Report of the Indian Hemp Drugs Commission, 1894-1895 - Volume IV
Year: 1894
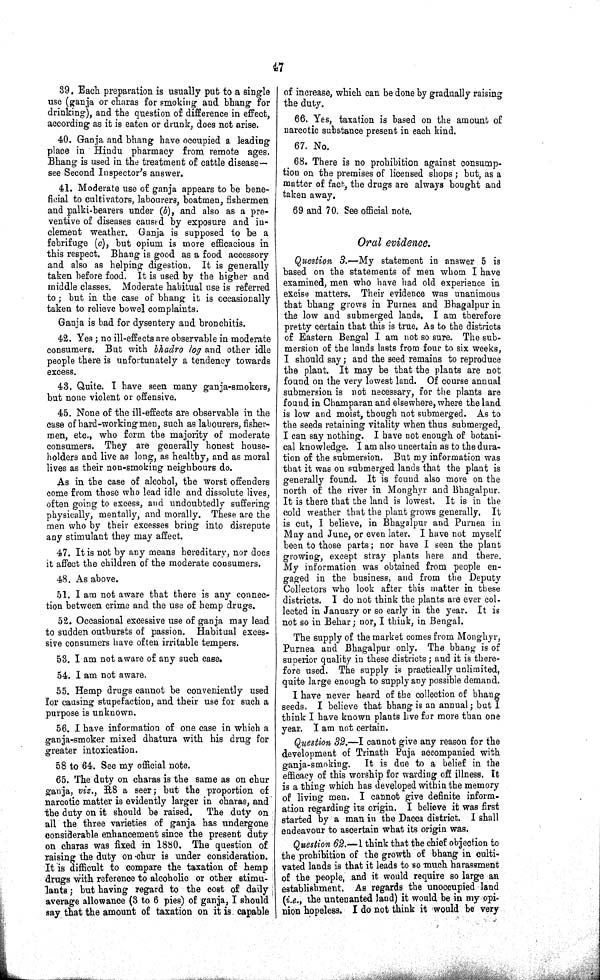
47
39. Each preparation is usually put to a single
use (ganja or charas for smoking and bhang for
drinking), and the question of difference in effect,
according as it is eaten or drunk, does not arise.
40. Ganja and bhang have occupied a leading
place in Hindu pharmacy from remote ages.
Bhang is used in the treatment of cattle disease—
see Second Inspector's answer.
41. Moderate use of ganja appears to be bene-
ficial to cultivators, labourers, boatmen, fishermen
and palki-bearers under (b), and also as a pre-
ventive of diseases caused by exposure and in-
clement weather. Ganja is supposed to be a
febrifuge (c), but opium is more efficacious in
this respect. Bhang is good as a food accessory
and also as helping digestion. It is generally
taken before food. It is used by the higher and
middle classes. Moderate habitual use is referred
to; but in the case of bhang it is occasionally
taken to relieve bowel complaints.
Ganja is bad for dysentery and bronchitis.
42. Yes; no ill-effects are observable in moderate
consumers. But with bhadro log and other idle
people there is unfortunately a tendency towards
excess.
43. Quite. I have seen many ganja-smokers,
but none violent or offensive.
45. None of the ill-effects are observable in the
case of hard-working men, such as labourers, fisher-
men, etc., who form the majority of moderate
consumers. They are generally honest house-
holders and live as long, as healthy, and as moral
lives as their non-smoking neighbours do.
As in the case of alcohol, the worst offenders
come from those who lead idle and dissolute lives,
often going to excess, and undoubtedly suffering
physically, mentally, and morally. These are the
men who by their excesses bring into disrepute
any stimulant they may affect.
47. It is not by any means hereditary, nor does
it affect the children of the moderate consumers.
48. As above.
51. I am not aware that there is any connec-
tion between crime and the use of hemp drugs.
52. Occasional excessive use of ganja may lead
to sudden outbursts of passion. Habitual exces-
sive consumers have often irritable tempers.
53. I am not aware of any such case.
54. I am not aware.
55. Hemp drugs cannot be conveniently used
for causing stupefaction, and their use for such a
purpose is unknown.
56. I have information of one case in which a
ganja-smoker mixed dhatura with his drug for
greater intoxication.
58 to 64. See my official note.
65. The duty on charas is the same as on chur
ganja, viz., R8 a seer; but the proportion of
narcotic matter is evidently larger in charas, and
the duty on it should be raised. The duty on
all the three varieties of ganja has undergone
considerable enhancement since the present duty
on charas was fixed in 1880. The question of
raising the duty on chur is under consideration.
It is difficult to compare the taxation of hemp
drugs with reference to alcoholic or other stimu-
lants; but having regard to the cost of daily
average allowance (3 to 6 pies) of ganja, I should
say that the amount of taxation on it is capable
of increase, which can be done by gradually raising
the duty.
66. Yes, taxation is based on the amount of
narcotic substance present in each kind.
67. No.
68. There is no prohibition against consump-
tion on the premises of licensed shops; but, as a
matter of fact, the drugs are always bought and
taken away.
69 and 70. See official note.
Oral evidence.
Question 3.—My statement in answer 5 is
based on the statements of men whom I have
examined, men who have had old experience in
excise matters. Their evidence was unanimous
that bhang grows in Purnea and Bhagalpur in
the low and submerged lands. I am therefore
pretty certain that this is true. As to the districts
of Eastern Bengal I am not so sure. The sub-
mersion of the lands lasts from four to six weeks,
I should say; and the seed remains to reproduce
the plant. It may be that the plants are not
found on the very lowest land. Of course annual
submersion is not necessary, for the plants are
found in Champaran and elsewhere, where the land
is low and moist, though not submerged. As to
the seeds retaining vitality when thus submerged,
I can say nothing. I have not enough of botani-
cal knowledge. I am also uncertain as to the dura-
tion of the submersion. But my information was
that it was on submerged lands that the plant is
generally found. It is found also more on the
north of the river in Monghyr and Bhagalpur.
It is there that the land is lowest. It is in the
cold weather that the plant grows generally. It
is cut, I believe, in Bhagalpur and Purnea in
May and June, or even later. I have not myself
been to those parts; nor have I seen the plant
growing, except stray plants here and there.
My information was obtained from people en-
gaged in the business, and from the Deputy
Collectors who look after this matter in these
districts. I do not think the plants are ever col-
lected in January or so early in the year. It is
not so in Behar; nor, I think, in Bengal.
The supply of the market comes from Monghyr,
Purnea and Bhagalpur only. The bhang is of
superior quality in these districts; and it is there-
fore used. The supply is practically unlimited,
quite large enough to supply any possible demand.
I have never heard of the collection of bhang
seeds. I believe that bhang is an annual; but I
think I have known plants live for more than one
year. I am not certain.
Question 32.—I cannot give any reason for the
development of Trinath Puja accompanied with
ganja-smoking. It is due to a belief in the
efficacy of this worship for warding off illness. It
is a thing which has developed within the memory
of living men. I cannot give definite inform-
ation regarding its origin. I believe it was first
started by a man in the Dacca district. I shall
endeavour to ascertain what its origin was.
Question 62.—I think that the chief objection to
the prohibition of the growth of bhang in culti-
vated lands is that it leads to so much harassment
of the people, and it would require so large an
establishment. As regards the unoccupied land
(i.e., the untenanted land) it would be in my opi-
nion hopeless. I do not think it would be very